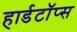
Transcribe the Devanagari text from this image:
हार्डटॉप्स